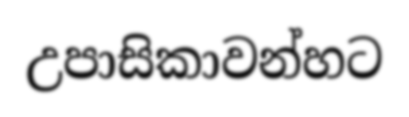
උපාසිකාවන්හට